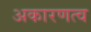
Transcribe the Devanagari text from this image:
अकारणत्व